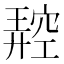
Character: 𥧪